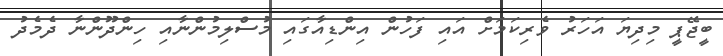
ބީޖޭޕީ މިދިޔަ އަހަރު ވެރިކަމަށް އައި ފަހުން އިންޑިއާގައި މުސްލިމުންނާއި ހިންދޫންނާ ދެމެދު